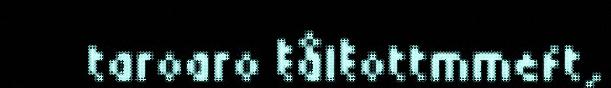
taroaro ŧålŧottmmeft,